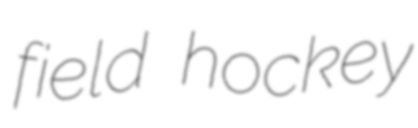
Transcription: field hockey